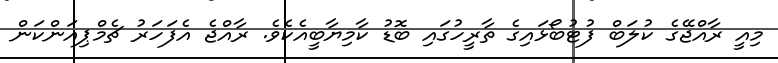
މިއީ ރާއްޖޭގެ ކުލަބް ފުޓުބޯޅައިގެ ތާރީހުގައި ބޮޑު ކާމިޔާބީއެކެވެ. ރާއްޖެ އެފަހަރު ޗެމްޕިއަންކަން